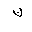
Letter: _non